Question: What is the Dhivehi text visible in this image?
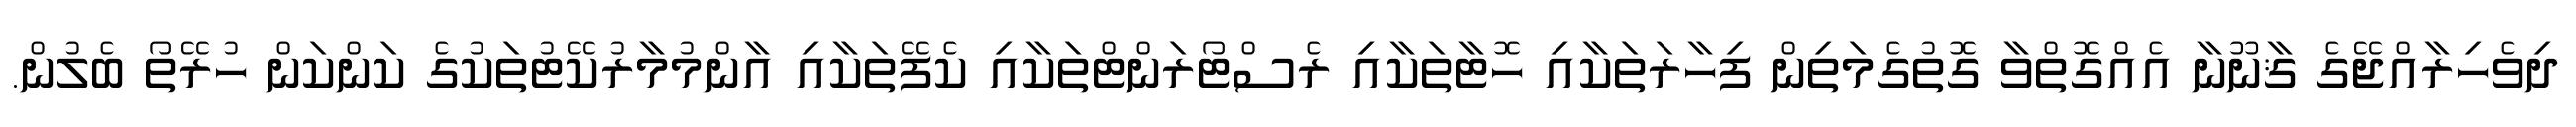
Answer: ދިވެހިރާއްޖޭގެ ޤާނޫނާ އެއްގޮތްވާ ގޮތުގެމަތިން ފިހާރަތަކާއި ހޮޓާތަކާއި ރެސްޓޯރަންޓްތަކާއި ކެފޭތަކާއި އާންމުމާރުކޭޓުތަކުގެ ކަންކަން ހުރޭތޯ ބެލުން.